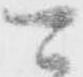
可